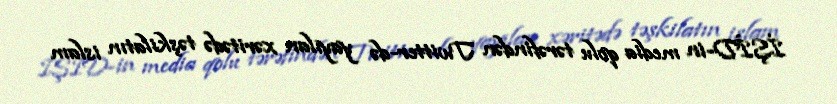
İŞİD-in media qolu tərəfindən Twitter-də yayılan xəritədə təşkilatın islam